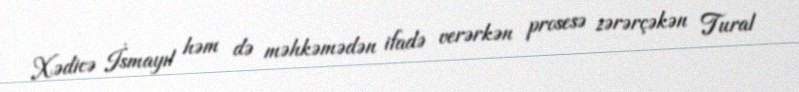
Xədicə İsmayıl həm də məhkəmədən ifadə verərkən prosesə zərərçəkən Tural